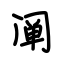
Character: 阐